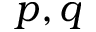
p , q